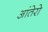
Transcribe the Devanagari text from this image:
आंतेरो